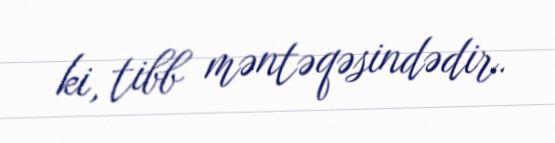
ki, tibb məntəqəsindədir.